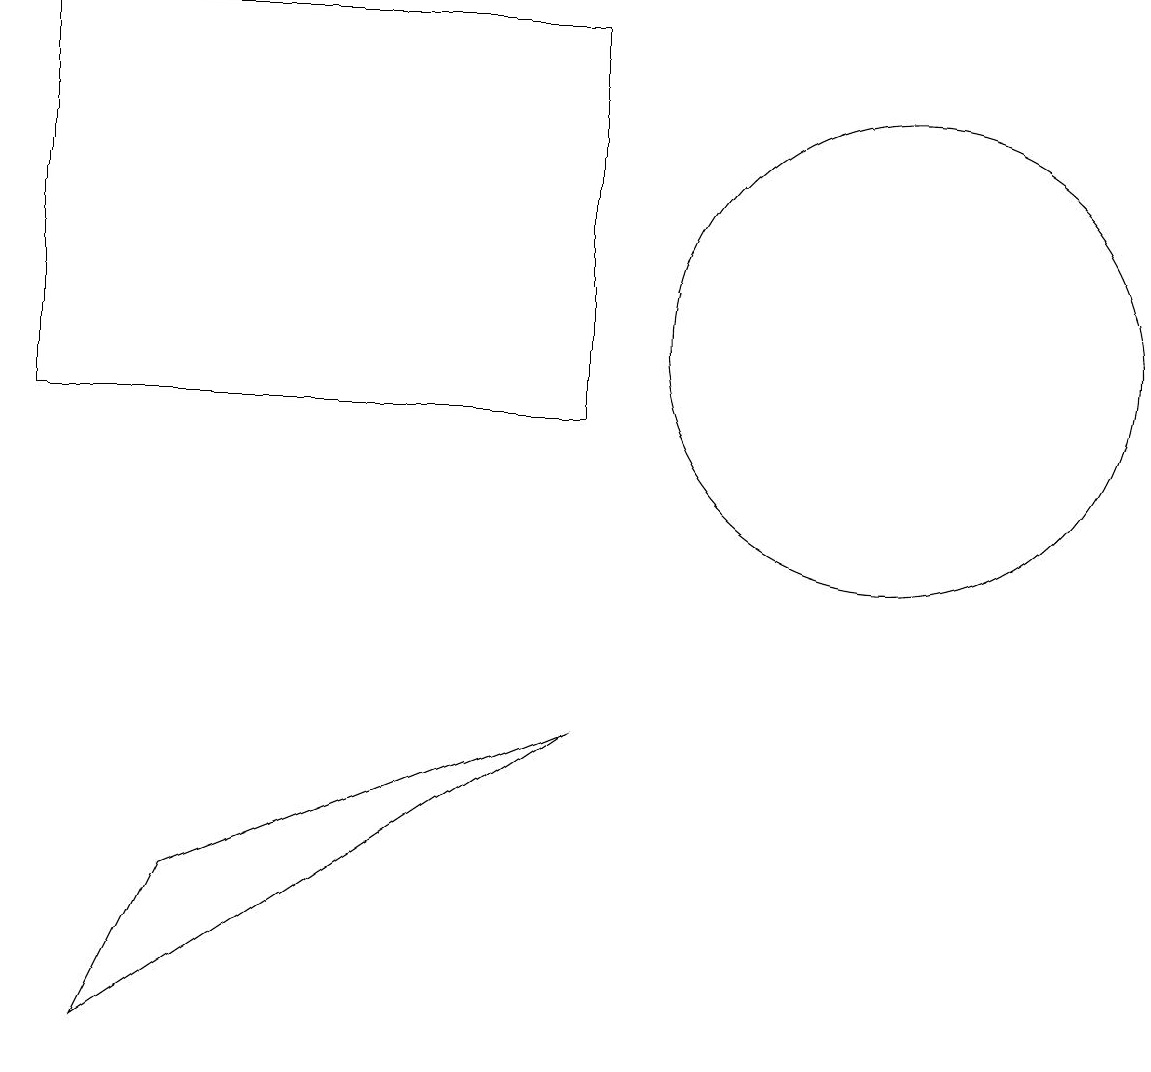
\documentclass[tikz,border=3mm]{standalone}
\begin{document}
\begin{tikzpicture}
\draw (1,2) -- (2,4) -- (7,6) -- cycle;
\draw (11,11) circle (3);
\draw (0,15) rectangle (7,10);
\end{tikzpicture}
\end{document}